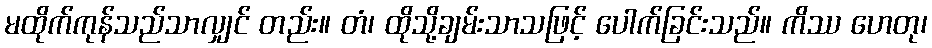
မထိုက်ကုန်သည်သာလျှင် တည်း။ တံ၊ ထိုသို့ချမ်းသာသဖြင့် ပေါက်ခြင်းသည်။ ကိဿ ဟေတု၊